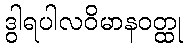
ဒွါရပါလဝိမာနဝတ္ထု